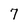
Character: 7